Vaccination in Bombay 1924-1928 - 1924-1928
Year: 1924
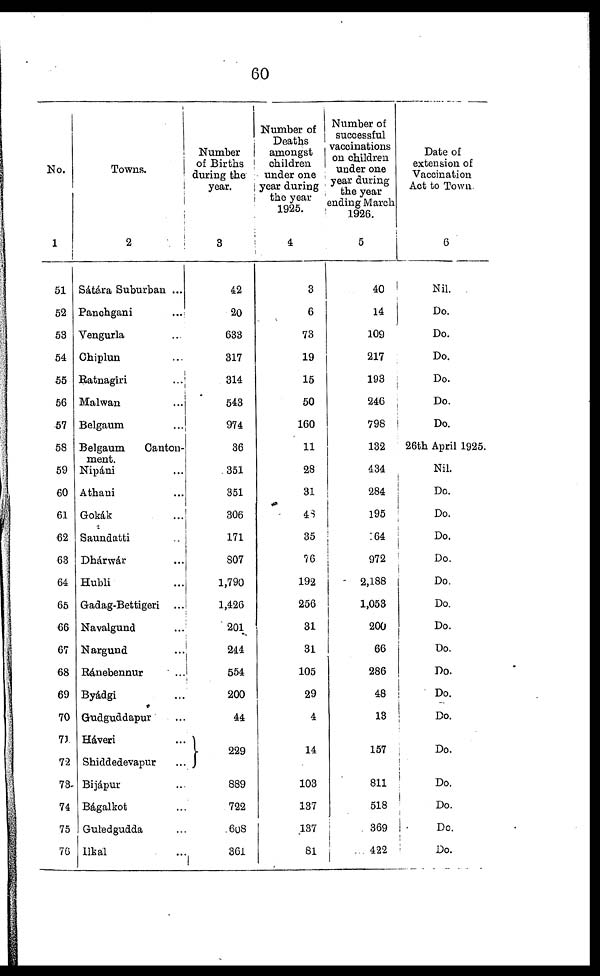
60
No.
1
51
52
53
54
55
56
57
58
59
60
61
62
63
64
65
66
67
68
69
70
71
72
73
74
75
76
Towns.
2
Sátára Suburban ...
Panchgani ...
Vengurla
Chiplun ...
Ratnagiri ...
Malwan ...
Belgaum ...
Belgaum
Canton¬
ment.
Nipáni ...
Athani ...
Gokák ...
Saundatti ...
Dhárwár ...
Hubli ...
Gadag-Bettigeri ...
Navalgund ...
Nargund ...
Ránebennur ...
Byádgi ...
Gudguddapur ...
Háveri ...
Shiddedevapur ...
Bijápur ...
Bágalkot ...
Guledgudda ...
Ilkal ...
Number
of Births
during the
year.
3
42
20
633
317
314
543
974
36
351
351
306
171
807
1,790
1,426
201
244
554
200
44
229
889
722
608
361
Number of
Deaths
amongst
children
under one
year during
the year
1925.
4
3
6
73
19
15
50
160
11
28
31
48
35
76
192
256
31
31
105
29
4
14
103
137
137
81
Number of
successful
vaccinations
on children
under one
year during
the year
ending March
1926.
5
40
14
109
217
193
246
798
132
434
284
195
364
972
2,188
1,053
200
66
286
48
13
157
811
518
369
422
Date of
extension of
Vaccination
Act to Town.
6
Nil.
Do.
Do.
Do.
Do.
Do.
Do.
26th April 1925.
Nil.
Do.
Do.
Do.
Do.
Do.
Do.
Do.
Do.
Do.
Do.
Do.
Do.
Do.
Do.
Do.
Do.